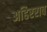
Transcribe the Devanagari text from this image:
अहिरराव